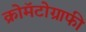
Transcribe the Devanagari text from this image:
क्रोमॅटोग्राफी